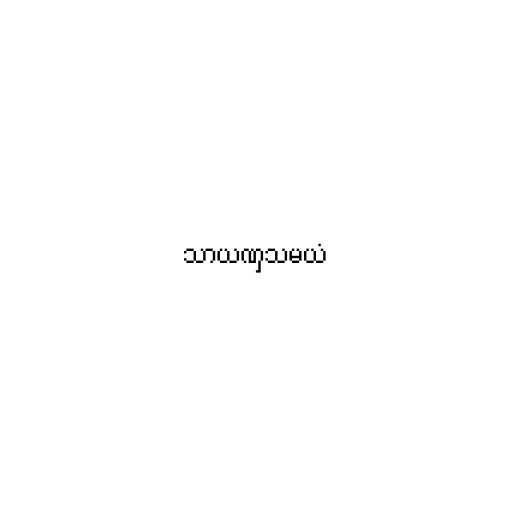
သာယဏှသမယံ